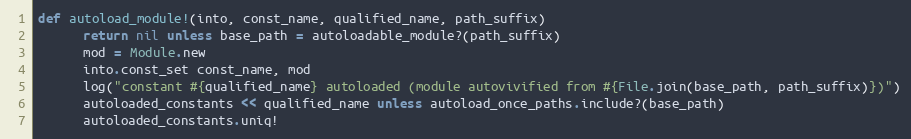
Language: Ruby
def autoload_module!(into, const_name, qualified_name, path_suffix)
      return nil unless base_path = autoloadable_module?(path_suffix)
      mod = Module.new
      into.const_set const_name, mod
      log("constant #{qualified_name} autoloaded (module autovivified from #{File.join(base_path, path_suffix)})")
      autoloaded_constants << qualified_name unless autoload_once_paths.include?(base_path)
      autoloaded_constants.uniq!